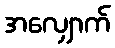
အလျှောက်